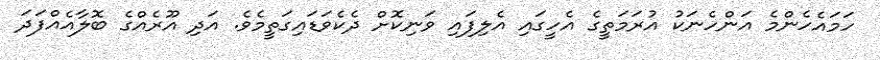
ހަމައެހެންމެ އަންހެނަކު އުރަމަތީގެ އެހީގައި އެލިފައި ވަނިކޮށް ދެކެވަޑައިގަތީމެވެ. އަދި އޫރެއްގެ ބޮލާއެއްފަދަ